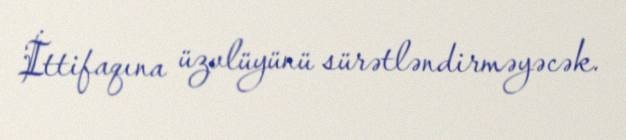
İttifaqına üzvlüyünü sürətləndirməyəcək.